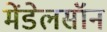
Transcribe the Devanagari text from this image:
मेंडेलसॉन